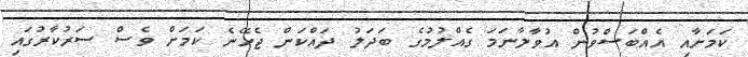
ކަމަށާއި އެއްބަސްވުން އުވާލާނަމަ ގެއްލުމުގެ ބަދަލު ދައްކަން ޖެހޭނެ ކަމަށް ވެސް ސަރުކާރުގައި